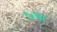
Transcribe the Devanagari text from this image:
१७चा